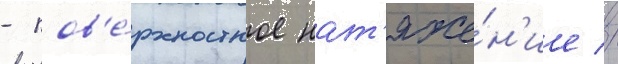
- пов'е́рхностное нат'яже́н'ие //